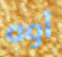
أوه